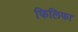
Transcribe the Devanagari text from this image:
फिलिफा